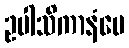
ဥပါသိကာနံပေ